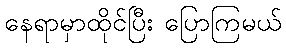
နေရာမှာထိုင်ပြီး ပြောကြမယ်